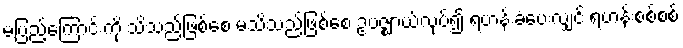
မပြည့်ကြောင်းကို သိသည်ဖြစ်စေ မသိသည်ဖြစ်စေ ဥပဇ္ဈာယ်လုပ်၍ ရဟန်းခံပေးလျှင် ရဟန်းစစ်စစ်